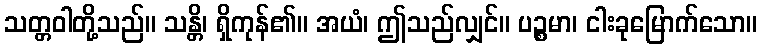
သတ္တဝါတို့သည်။ သန္တိ၊ ရှိကုန်၏။ အယံ၊ ဤသည်လျှင်။ ပဉ္စမာ၊ ငါးခုမြောက်သော။